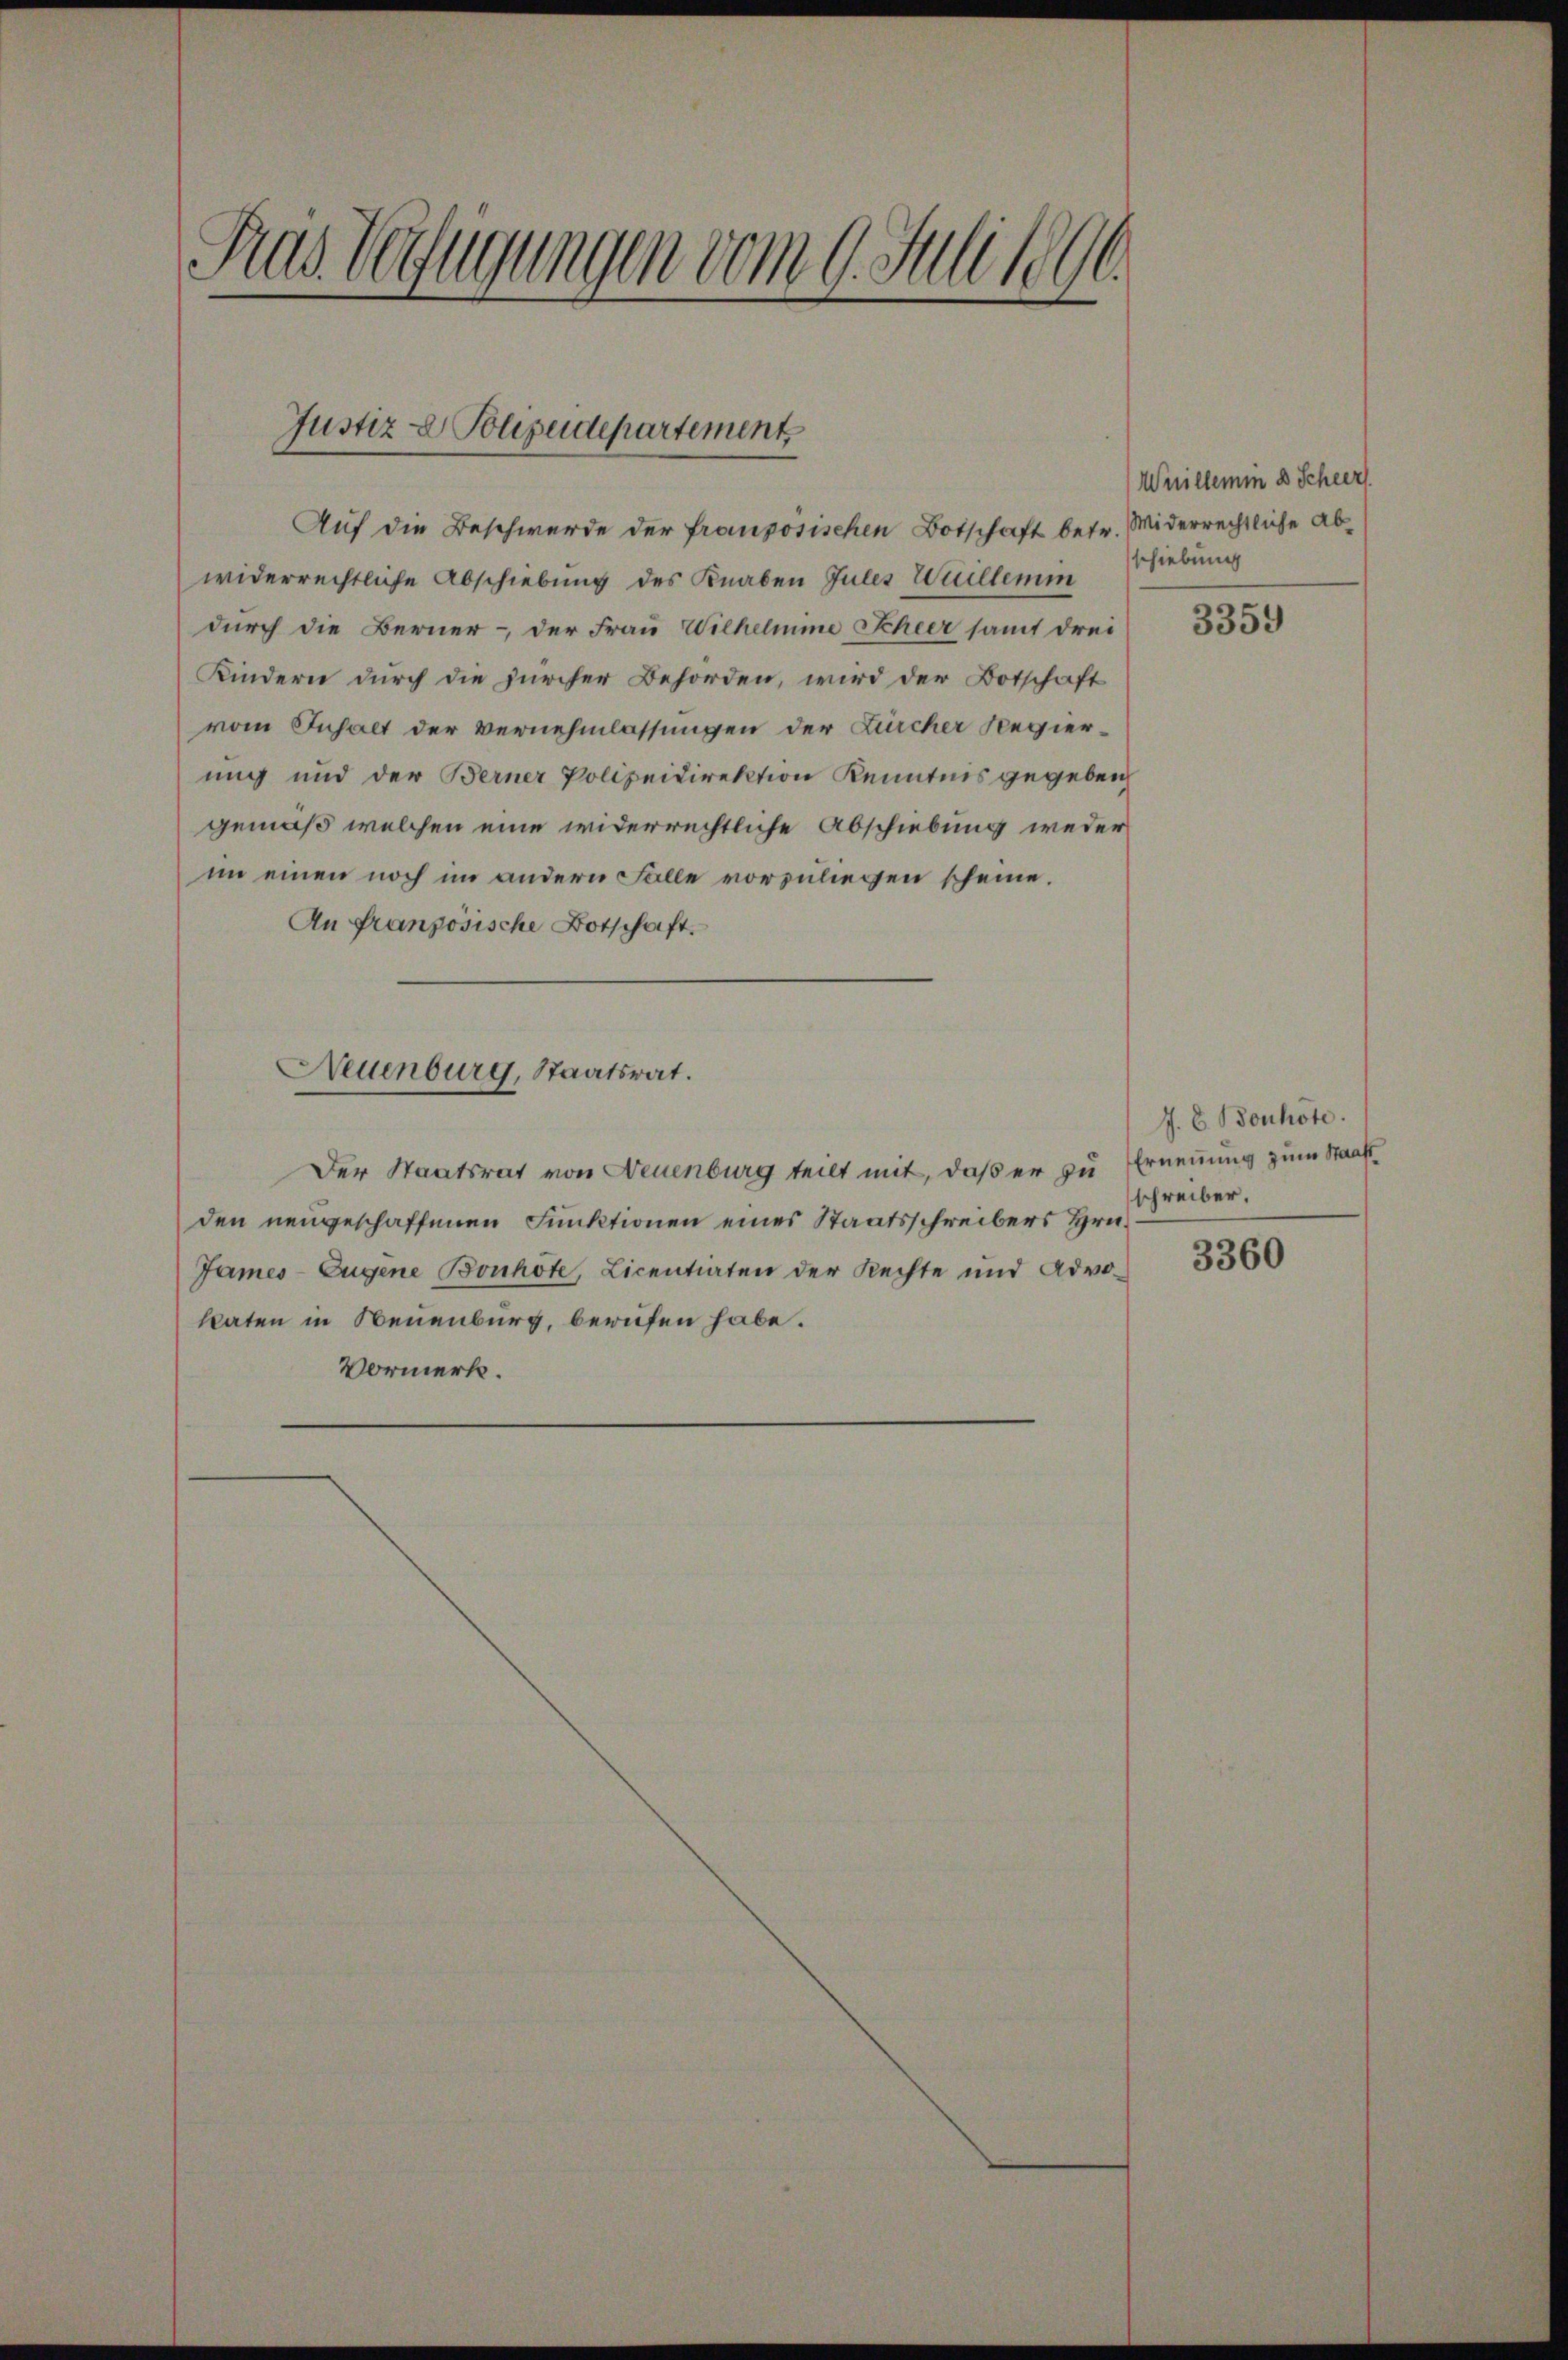
Pras Verfügungen vom 9. Juli 1890.

Auf die Beschwerde der französischen Botschaft betr. Widerrechtliche Abwiderrechtliche Abschiebung des Knaben Gutes Wuillemin
durch die Berner- der Frau Wilhelmine Scheer samt drei
Kindern durch die zürcher Behörden, wird der Botschaft
vom Inhalt der Vernehmlassungen der Zürcher Regierung und der Berner Polizeidirektion Kenntnis gegeben,
gemäß welchen eine widerrechtliche Abschiebung weder
im einen noch im andern Falle vorzuliegen scheine.
An französische Botschaft.
Neuenburg, Staatsrat.
Der Staatsrat von Neuenburg teilt mit, daß er zu Ernennung zum Staats
den neugeschaffenen Funktionen eines Staatsschreibers Hrn.
James-Eugene Bonhote, Licentiaten der Rechte und Advo-
katen in Neuenburg, berufen habe.
Vormerk.

Justiz- & Polizeidepartement

Weillemin 8 Scheert
schiebung

3359

J. E. Bonhote.
schreiber.

3360